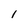
Character: I